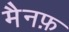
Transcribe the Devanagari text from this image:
मैनफ़